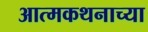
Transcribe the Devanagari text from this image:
आत्मकथनाच्या